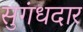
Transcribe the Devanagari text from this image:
सुगंधदार